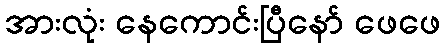
အားလုံး နေကောင်းပြီနော် ဖေဖေ